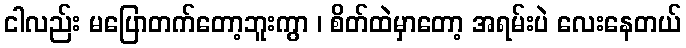
ငါလည်း မပြောတက်တော့ဘူးကွာ ၊ စိတ်ထဲမှာတော့ အရမ်းပဲ လေးနေတယ်